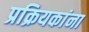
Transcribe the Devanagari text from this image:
प्रक्रियकांना